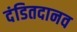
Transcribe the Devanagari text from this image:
दंडितदानव